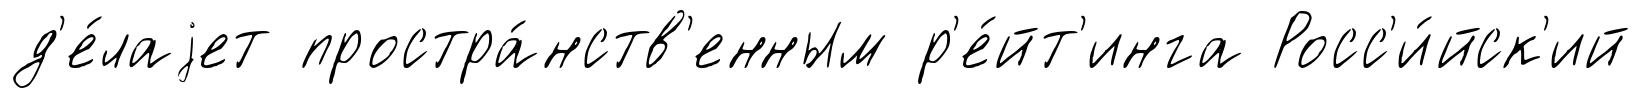
д'е́лаjет простра́нств'енным р'е́йт'инга Росс'и́йск'ий